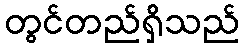
တွင်တည်ရှိသည်